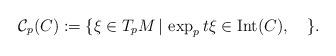
LaTeX: \begin{align*} \mathcal{C}_p(C):=\{\xi\in T_pM\,|\, \exp_pt\xi\in{\rm Int}(C),\quad\}. \end{align*}